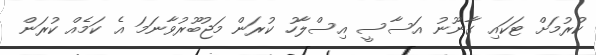
ކުރުމަށް ޓަކައި ގާނޫނު އަސާސީ އިސްލާހު ކުރަން މަޖުބޫރުވާނަމަ އެ ކަމެއް ކުރަން